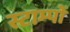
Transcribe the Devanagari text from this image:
स्टाम्पों